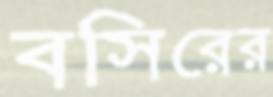
বসিরের